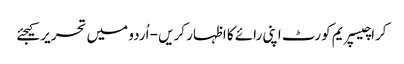
کراچیسپریم کورٹ اپنی رائے کا اظہار کریں - اُردو میں تحریر کیجئے